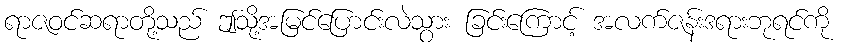
ရာဇဝင်ဆရာတို့သည် ဤသို့အမြင်ပြောင်းလဲသွား ခြင်းကြောင့် အလက်ဇန်းဒရားဘုရင်ကို